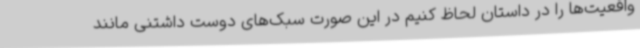
واقعیت‌ها را در داستان لحاظ کنیم در این صورت سبک‌های دوست داشتنی مانند